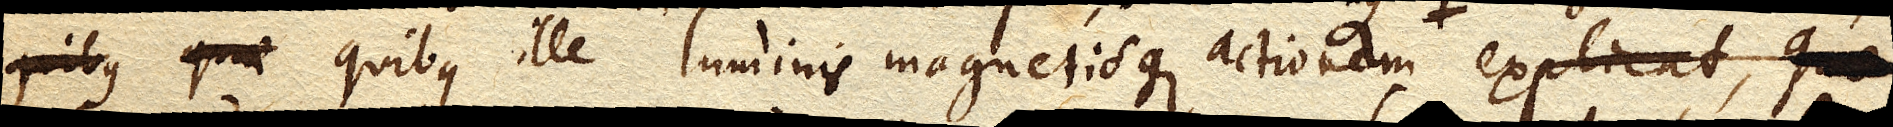
quibus ille luminis magnetisque actionem explicat, quae